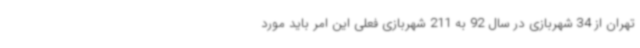
تهران از 34 شهربازی در سال 92 به 211 شهربازی فعلی این امر باید مورد